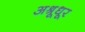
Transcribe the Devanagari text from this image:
अश्रूधूर